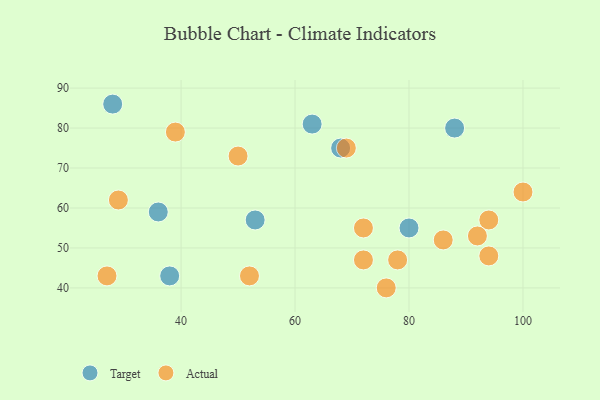
{"axis": {"x": "GDP", "y": "Life Expectancy"}, "legend": ["Actual", "Target"], "data": [{"x": "63", "y": 81, "type": "Target"}, {"x": "38", "y": 43, "type": "Target"}, {"x": "28", "y": 86, "type": "Target"}, {"x": "53", "y": 57, "type": "Target"}, {"x": "88", "y": 80, "type": "Target"}, {"x": "36", "y": 59, "type": "Target"}, {"x": "80", "y": 55, "type": "Target"}, {"x": "68", "y": 75, "type": "Target"}, {"x": "78", "y": 47, "type": "Actual"}, {"x": "50", "y": 73, "type": "Actual"}, {"x": "94", "y": 57, "type": "Actual"}, {"x": "94", "y": 48, "type": "Actual"}, {"x": "27", "y": 43, "type": "Actual"}, {"x": "72", "y": 47, "type": "Actual"}, {"x": "69", "y": 75, "type": "Actual"}, {"x": "76", "y": 40, "type": "Actual"}, {"x": "29", "y": 62, "type": "Actual"}, {"x": "86", "y": 52, "type": "Actual"}, {"x": "39", "y": 79, "type": "Actual"}, {"x": "92", "y": 53, "type": "Actual"}, {"x": "100", "y": 64, "type": "Actual"}, {"x": "52", "y": 43, "type": "Actual"}, {"x": "72", "y": 55, "type": "Actual"}]}